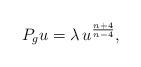
LaTeX: \begin{align*} P_g u = \lambda \, u^{\frac{n+4}{n-4}},\end{align*}